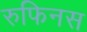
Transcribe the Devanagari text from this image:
रुफिनस